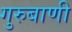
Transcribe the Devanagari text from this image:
गुरुबाणी